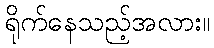
ရိုက်နေသည့်အလား။